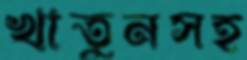
খাতুনসহ